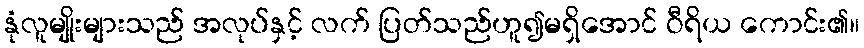
နုံလူမျိုးများသည် အလုပ်နှင့် လက် ပြတ်သည်ဟူ၍မရှိအောင် ဝီရိယ ကောင်း၏။